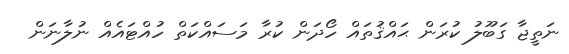
ނަތީޖާ ގަބޫލު ކުރަން ޙައްޤުތައް ހޯދަން ކުރާ މަސައްކަތް ހުއްޓައެއް ނުލާނަން